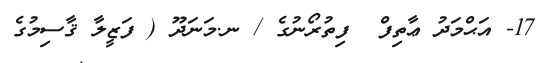
17- އަޙްމަދު ޢާތިފް  ފިތުރޯނުގެ / ނ.މަނަދޫ ( ފަޒީލާ ޤާސިމުގެ